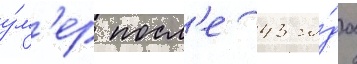
у́м'ер посл'е 43 го́да